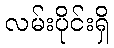
လမ်းပိုင်းရှိ